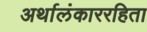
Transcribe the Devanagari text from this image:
अर्थालंकाररहिता